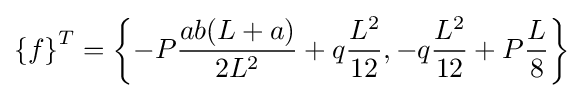
\left\{f\right\}^{T}=\left\{-P{\frac {ab(L+a)}{2L^{2}}}+q{\frac {L^{2}}{12}},-q{\frac {L^{2}}{12}}+P{\frac {L}{8}}\right\}